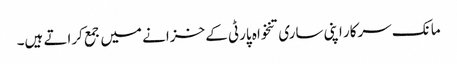
مانک سرکار اپنی ساری تنخواہ پارٹی کے خزانے میں جمع کراتے ہیں۔